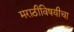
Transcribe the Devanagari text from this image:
मराठीविषयीचा